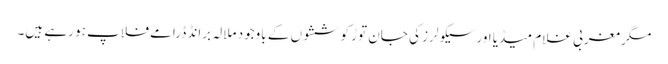
مگر مغربی غلام میڈیا اور سیکولرز کی جان توڑ کوششوں کے باوجود ملالہ برانڈ ڈرامے فلاپ ہو رہے ہیں۔